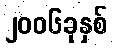
၂၀၀၆ခုနှစ်